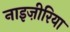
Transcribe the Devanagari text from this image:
नाइज़ीरिया